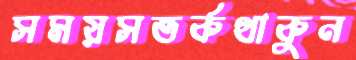
সময়সতর্কথাকুন